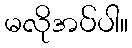
မလိုအပ်ပါ။